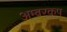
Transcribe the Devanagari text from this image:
अम्बरकप